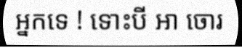
អ្នកទេ ! ទោះបី អា ចោរ